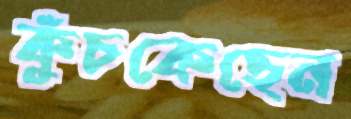
কুঁচকেছেন